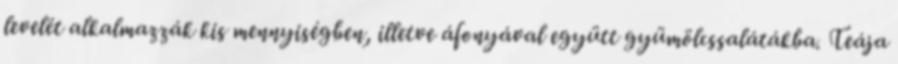
levelét alkalmazzák kis mennyiségben, illetve áfonyával együtt gyümölcssalátákba. Teája